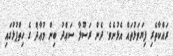
ރައްކާތެރި ފިޔަވަޅުތައް އެޅުނެވެ. ދެން ރަސޫލާ ސަޢްދު ބިން މުޢާޛް ގެ ހިތްޕުޅުގައި